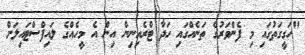
"ހަގީގަތުގައި މި ފެންވަރުގެ ތަނެއްގައި ހަދާ ޓްރެއިނިން އިން އެ މީހެއްގެ ލައިފްސްޓައިލަށް